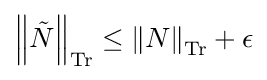
{\textstyle \left\|{\tilde {N}}\right\|_{\operatorname {Tr} }\leq \left\|N\right\|_{\operatorname {Tr} }+\epsilon }